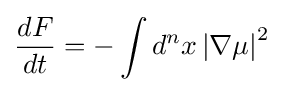
{\frac {dF}{dt}}=-\int d^{n}x\left|\nabla \mu \right|^{2}